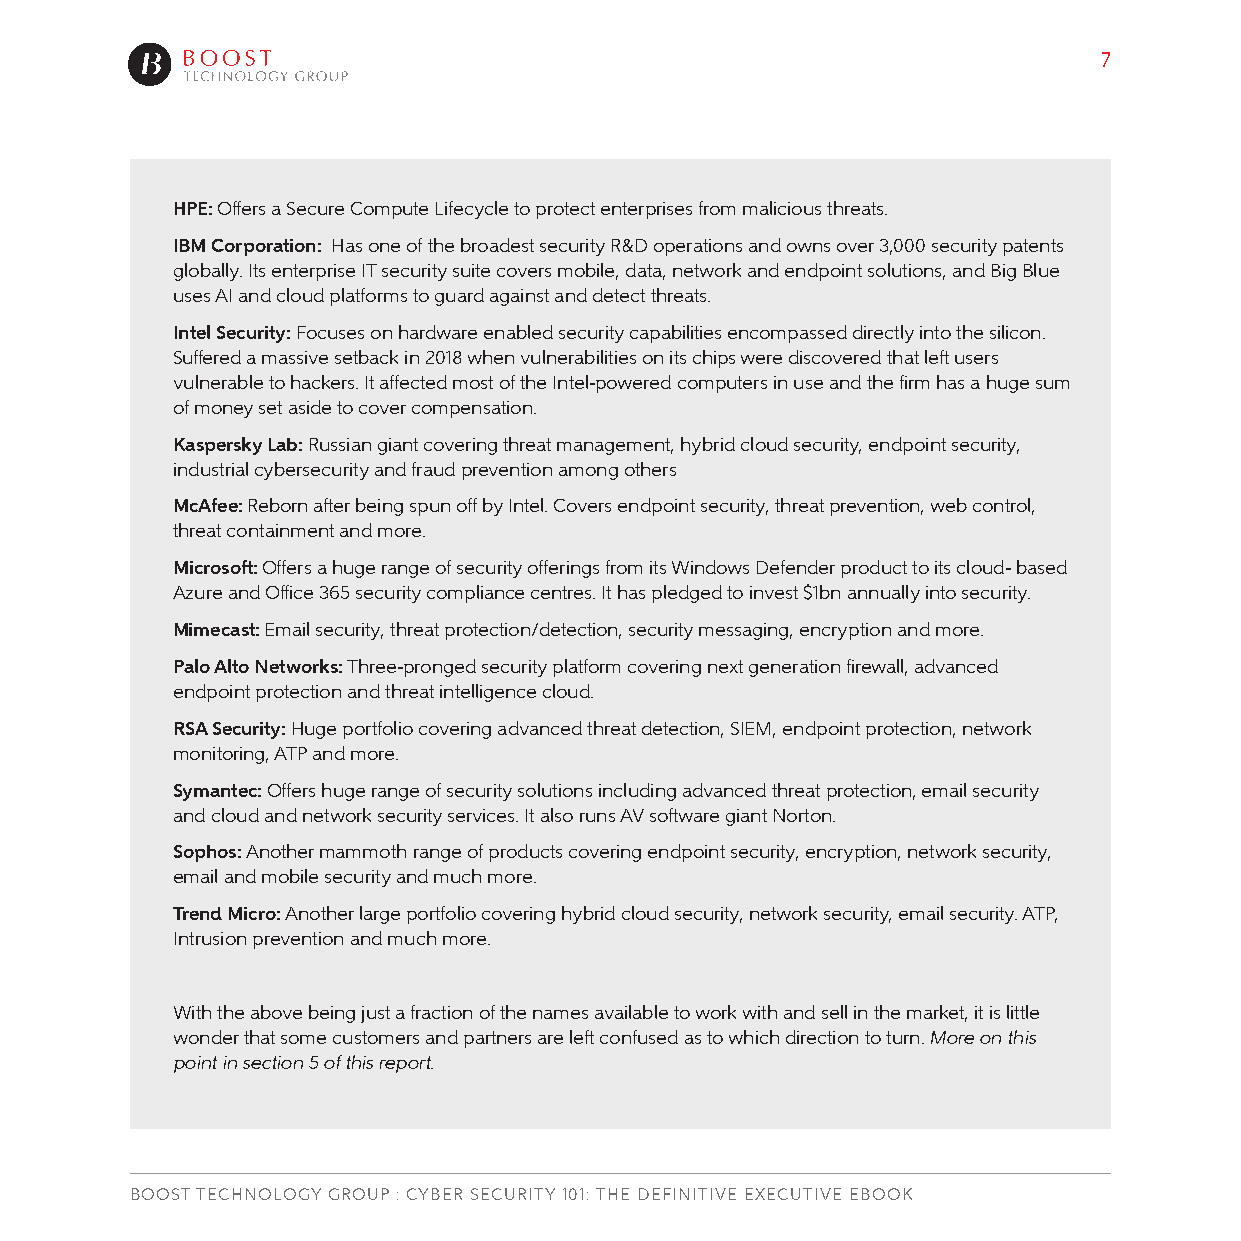
7
 HPE: Offers a Secure Compute Lifecycle to protect enterprises from malicious threats.
 IBM Corporation: Has one of the broadest security R&D operations and owns over 3,000 security patents
 globally. Its enterprise IT security suite covers mobile, data, network and endpoint solutions, and Big Blue
 uses AI and cloud platforms to guard against and detect threats.
 Intel Security: Focuses on hardware enabled security capabilities encompassed directly into the silicon.
 Suffered a massive setback in 2018 when vulnerabilities on its chips were discovered that left users
 vulnerable to hackers. It affected most of the Intel-powered computers in use and the firm has a huge sum
 of money set aside to cover compensation.
 Kaspersky Lab: Russian giant covering threat management, hybrid cloud security, endpoint security,
 industrial cybersecurity and fraud prevention among others
 McAfee: Reborn after being spun off by Intel. Covers endpoint security, threat prevention, web control,
 threat containment and more.
 Microsoft: Offers a huge range of security offerings from its Windows Defender product to its cloud- based
 Azure and Office 365 security compliance centres. It has pledged to invest $1bn annually into security.
 Mimecast: Email security, threat protection/detection, security messaging, encryption and more.
 Palo Alto Networks: Three-pronged security platform covering next generation firewall, advanced
 endpoint protection and threat intelligence cloud.
 RSA Security: Huge portfolio covering advanced threat detection, SIEM, endpoint protection, network
 monitoring, ATP and more.
 Symantec: Offers huge range of security solutions including advanced threat protection, email security
 and cloud and network security services. It also runs AV software giant Norton.
 Sophos: Another mammoth range of products covering endpoint security, encryption, network security,
 email and mobile security and much more.
 Trend Micro: Another large portfolio covering hybrid cloud security, network security, email security. ATP,
 Intrusion prevention and much more.
 With the above being just a fraction of the names available to work with and sell in the market, it is little
 wonder that some customers and partners are left confused as to which direction to turn. More on this
 point in section 5 of this report.
 BOOST TECHNOLOGY GROUP : CYBER SECURITY 101: THE DEFINITIVE EXECUTIVE EBOOK